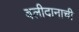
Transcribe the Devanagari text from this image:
बलीदानाची